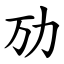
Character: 劢